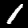
Digit: 1